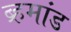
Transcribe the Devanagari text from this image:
ब्र्हमांड